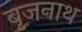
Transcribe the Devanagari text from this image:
बृजनाथ